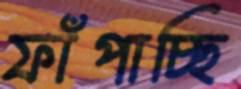
ফাঁপাচ্ছি